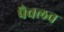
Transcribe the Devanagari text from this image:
पैवलव